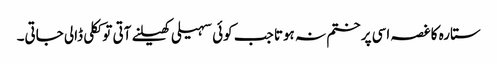
ستارہ کا غصہ اسی پر ختم نہ ہوتا جب کوئی سہیلی کھیلنے آتی تو ککلی ڈالی جاتی۔